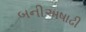
બનીઅષાઢી